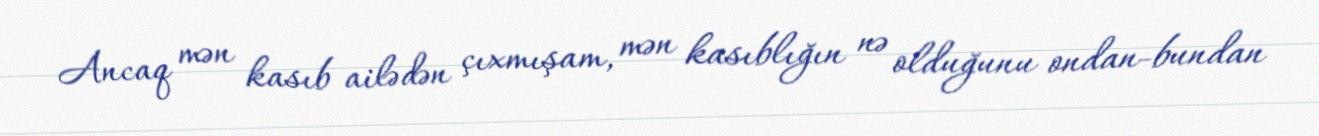
Ancaq mən kasıb ailədən çıxmışam, mən kasıblığın nə olduğunu ondan-bundan